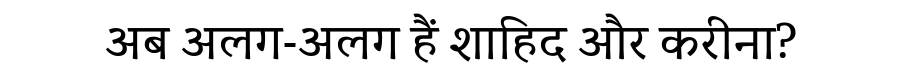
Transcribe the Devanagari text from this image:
अब अलग-अलग हैं शाहिद और करीना?